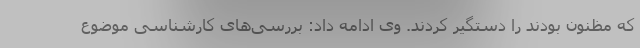
که مظنون بودند را دستگیر کردند. وی ادامه داد: بررسی‌های کارشناسی موضوع